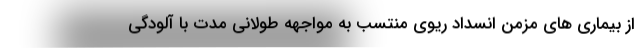
از بیماری های مزمن انسداد ریوی منتسب به مواجهه طولانی مدت با آلودگی